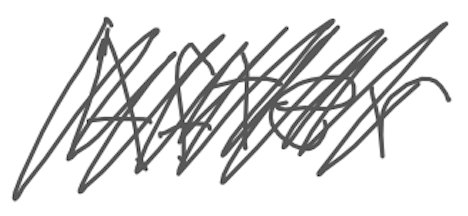
Text: After
Cross-out: scratch
Writing tool: digital_gray